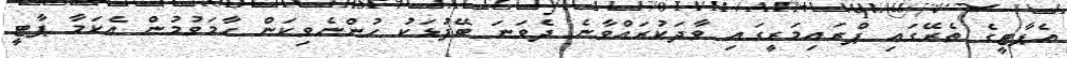
އެޕާޓީގެ ތެރޭގައި ޕްރައިމަރީގައި ވާދަކުރައްވާނެ ދެވަނަ ބޭފުޅަކު ހުންނެވިކަން ހާމަވުމުން އެކަމާ ޕާޓީ